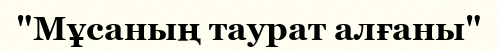
"Мұсаның таурат алғаны"